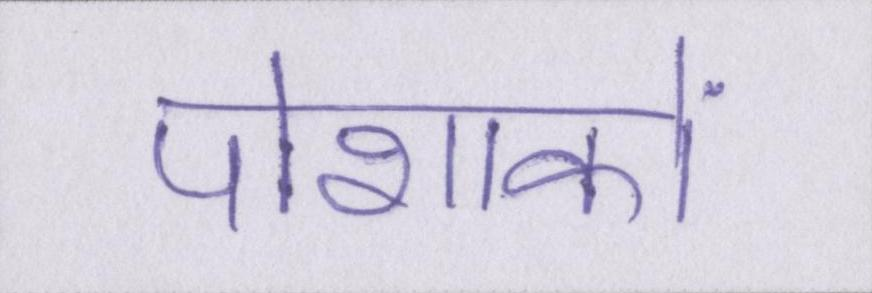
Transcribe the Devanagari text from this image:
पोशाकों